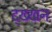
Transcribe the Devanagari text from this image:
द्ख्खन